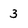
Character: 3